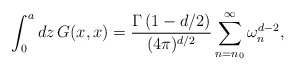
\begin{align*}\int_{0}^{a}dz\,G(x,x)={\Gamma\left(1-d/2\right)\over(4\pi)^{d/2}}\sum_{n=n_0}^{\infty}\omega_{n}^{d-2},\end{align*}